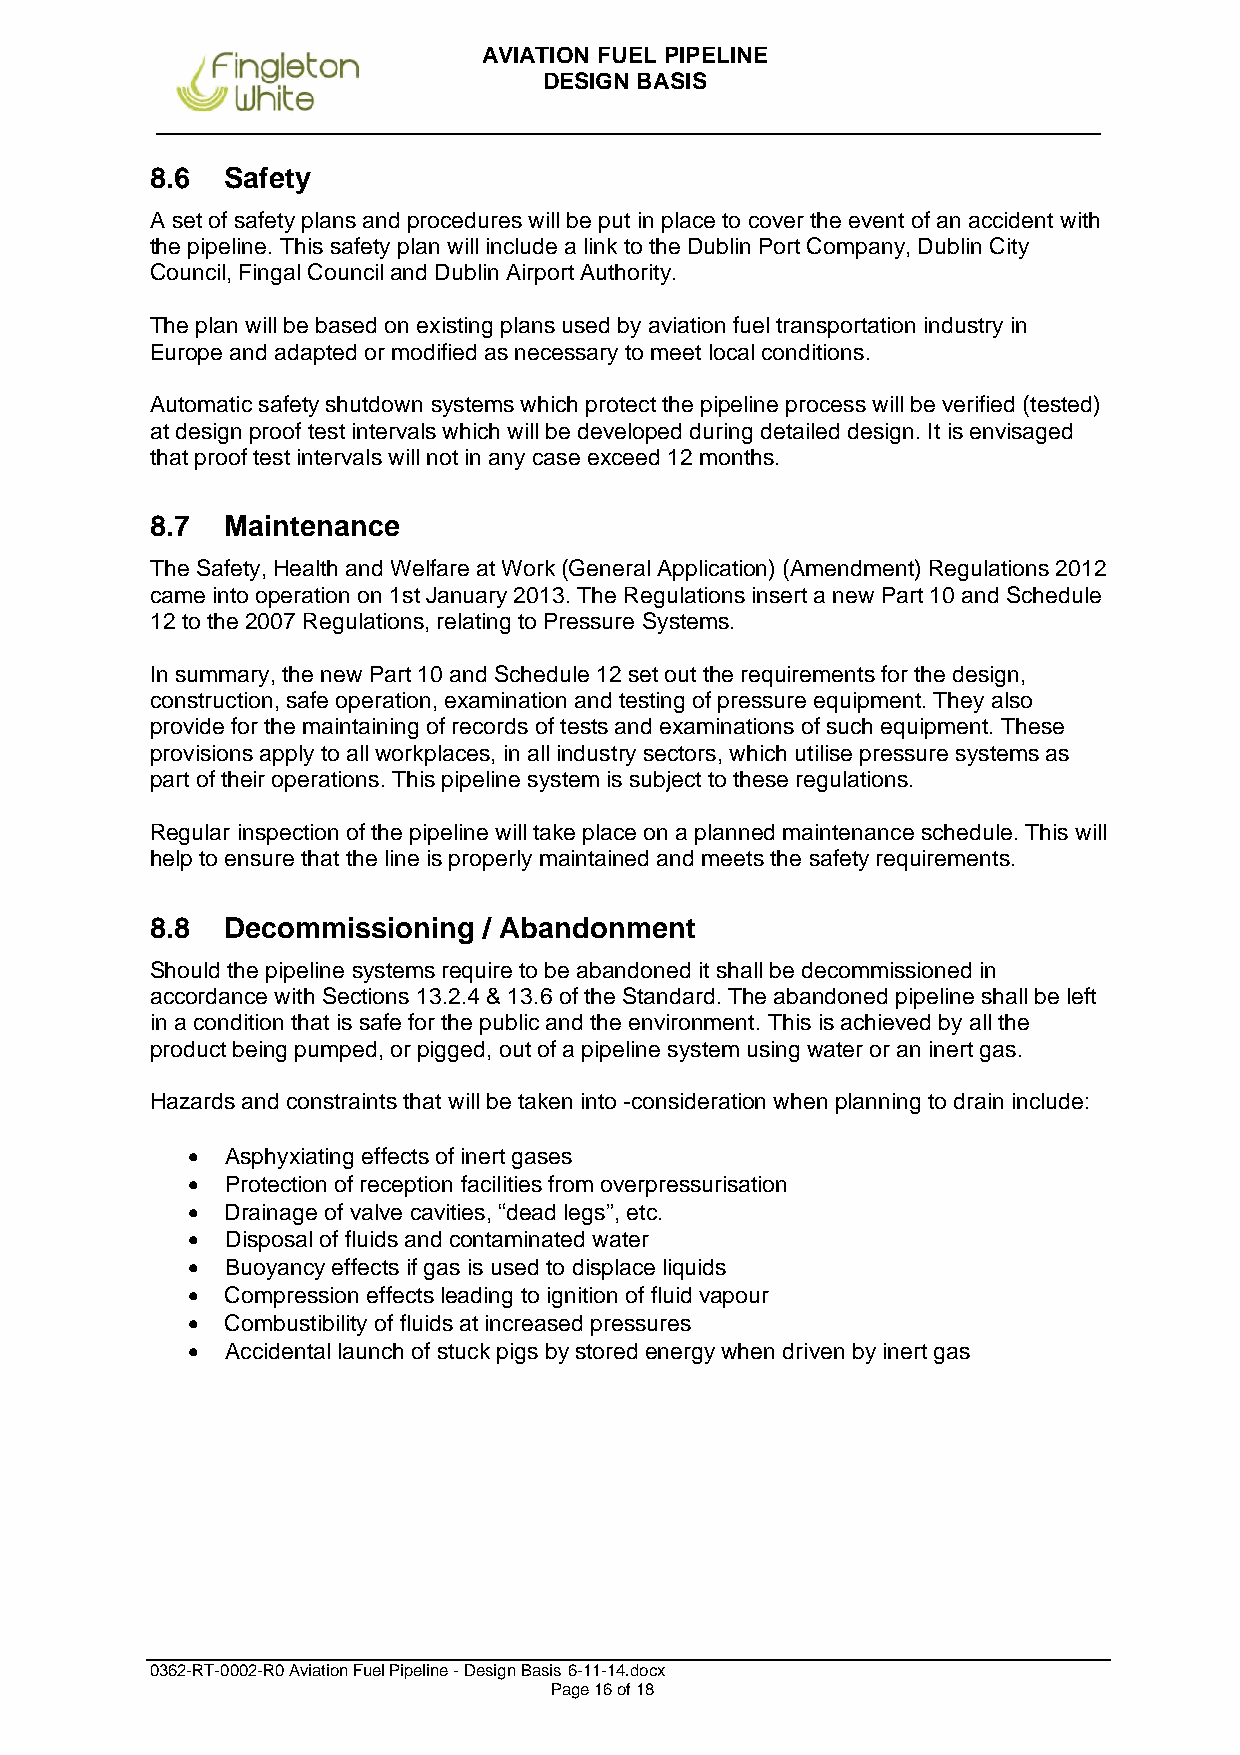
AVIATION FUEL PIPELINE
 DESIGN BASIS
 8.6  Safety
 A set of safety plans and procedures will be put in place to cover the event of an accident with
 the pipeline. This safety plan will include a link to the Dublin Port Company, Dublin City
 Council, Fingal Council and Dublin Airport Authority.
 The plan will be based on existing plans used by aviation fuel transportation industry in
 Europe and adapted or modified as necessary to meet local conditions.
 Automatic safety shutdown systems which protect the pipeline process will be verified (tested)
 at design proof test intervals which will be developed during detailed design. It is envisaged
 that proof test intervals will not in any case exceed 12 months.
 8.7  Maintenance
 The Safety, Health and Welfare at Work (General Application) (Amendment) Regulations 2012
 came into operation on 1st January 2013. The Regulations insert a new Part 10 and Schedule
 12 to the 2007 Regulations, relating to Pressure Systems.
 In summary, the new Part 10 and Schedule 12 set out the requirements for the design,
 construction, safe operation, examination and testing of pressure equipment. They also
 provide for the maintaining of records of tests and examinations of such equipment. These
 provisions apply to all workplaces, in all industry sectors, which utilise pressure systems as
 part of their operations. This pipeline system is subject to these regulations.
 Regular inspection of the pipeline will take place on a planned maintenance schedule. This will
 help to ensure that the line is properly maintained and meets the safety requirements.
 8.8  Decommissioning  / Abandonment
 Should the pipeline systems require to be abandoned it shall be decommissioned in
 accordance with Sections 13.2.4 & 13.6 of the Standard. The abandoned pipeline shall be left
 in a condition that is safe for the public and the environment. This is achieved by all the
 product being pumped, or pigged, out of a pipeline system using water or an inert gas.
 Hazards and constraints that will be taken into -consideration when planning to drain include:
   Asphyxiating effects of inert gases
   Protection of reception facilities from overpressurisation
   Drainage of valve cavities, “dead legs”, etc.
   Disposal of fluids and contaminated water
   Buoyancy effects if gas is used to displace liquids
   Compression effects leading to ignition of fluid vapour
   Combustibility of fluids at increased pressures
   Accidental launch of stuck pigs by stored energy when driven by inert gas
 0362-RT-0002-R0 Aviation Fuel Pipeline - Design Basis 6-11-14.docx
 Page 16 of 18